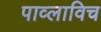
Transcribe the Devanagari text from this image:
पाव्लाविच